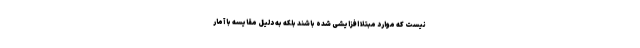
نیست که موارد مبتلا افزایشی شده باشند بلکه به دلیل مقایسه با آمار